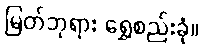
မြတ်ဘုရား ရွှေစည်းခုံ။